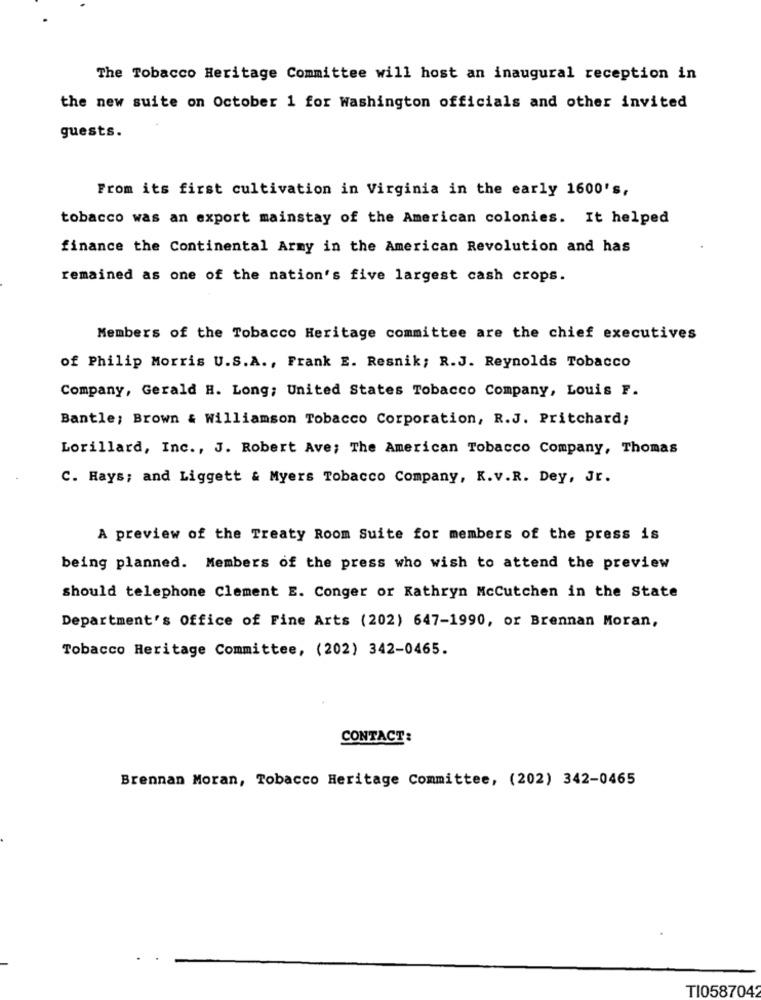
The Tobacco Heritage Committee will host an inaugural reception in
the new suite on October 1 for Washington officials and other invited
guests.
From its first cultivation in Virginia in the early 1600's,
tobacco was an export mainstay of the American colonies. It helped
finance the Continental Army in the American Revolution and has
remained as one of the nation's five largest cash crops.
Members of the Tobacco Heritage committee are the chief executives
of Philip Morris U.S.A ., Frank E. Resnik; R.J. Reynolds Tobacco
Company, Gerald H. Long; United States Tobacco Company, Louis F.
Bantle; Brown & Williamson Tobacco Corporation, R.J. Pritchard;
Lorillard, Inc ., J. Robert Ave; The American Tobacco Company, Thomas
C. Rays; and Liggett & Myers Tobacco Company, K.v.R. Dey, Jr.
A preview of the Treaty Room Suite for members of the press is
being planned. Members of the press who wish to attend the preview
should telephone Clement E. Conger or Kathryn Mccutchen in the State
Department's Office of Fine Arts (202) 647-1990, or Brennan Moran,
Tobacco Heritage Committee, (202) 342-0465.
CONTACT:
Brennan Moran, Tobacco Heritage Committee, (202) 342-0465
TI0587042